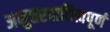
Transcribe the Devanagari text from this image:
अनुत्तरदायित्वपूर्ण